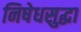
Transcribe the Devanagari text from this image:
निषेधसुद्धा